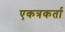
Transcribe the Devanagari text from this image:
एकत्रकर्ता